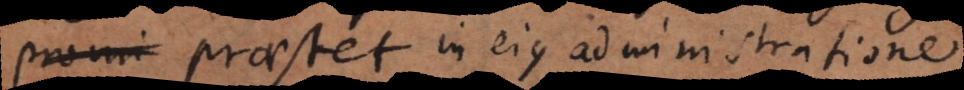
promi praestet in ejus administratione.